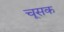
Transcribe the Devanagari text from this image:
चूसक